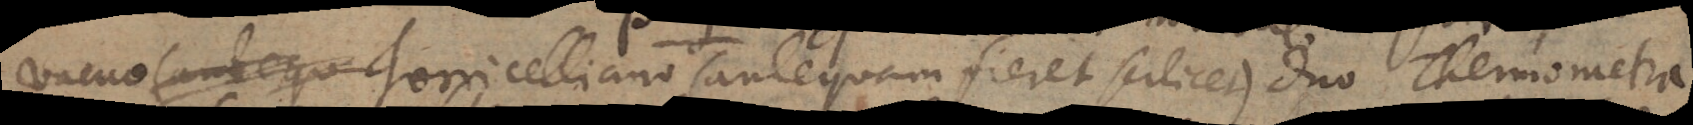
vacuo Torricelliano (antequam fieret scilicet) duo Thermometra